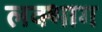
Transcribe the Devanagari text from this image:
लक्भाग